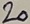
Text: 20